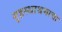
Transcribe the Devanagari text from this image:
गृहस्थाश्रमाचा